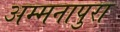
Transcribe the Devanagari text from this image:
अम्मनापुरा